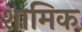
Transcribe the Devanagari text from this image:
शामिक